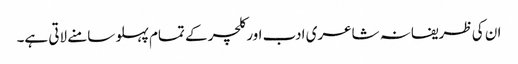
ان کی ظریفانہ شاعری ادب اور کلچر کے تمام پہلو سامنے لاتی ہے۔